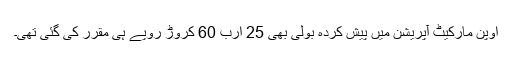
اوپن مارکیٹ آپریشن میں پیش کردہ بولی بھی 25 ارب 60 کروڑ روپے ہی مقرر کی گئی تھی۔